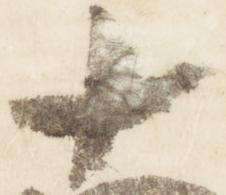
十